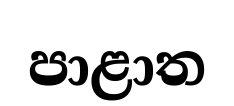
පාළාත